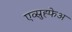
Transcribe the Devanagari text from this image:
एव्स्रुह्फेअ